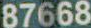
87668